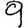
Digit: 9